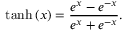
\operatorname { t a n h } { ( x ) } = \frac { e ^ { x } - e ^ { - x } } { e ^ { x } + e ^ { - x } } .